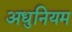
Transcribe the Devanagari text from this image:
अधुनियम